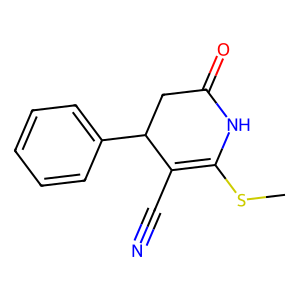
SMILES: CSC1=C(C#N)C(c2ccccc2)CC(=O)N1
Inhibits HIV replication: No